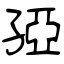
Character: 孲